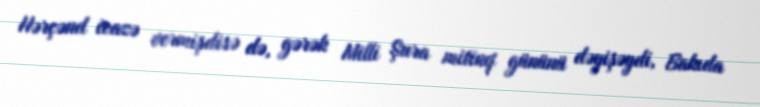
Hərçənd icazə vermişdisə də, gərək Milli Şura mitinq gününü dəyişəydi, Bakıda